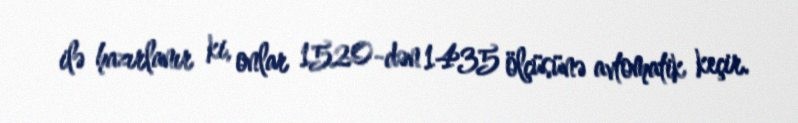
ilə hazırlanır ki, onlar 1520-dən 1435 ölçüsünə avtomatik keçir.